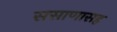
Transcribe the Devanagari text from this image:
ससाणासह